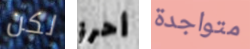
لكن أحرز متواجدة